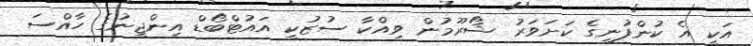
އަކީ އެ ކުންފުނީގެ ކަށަވަރު ޝޯރޫމުން ވިއްކާ ސުޒުކީ އައުޓްބޯޑް އިންޖީނުގެ ހާއްސަ